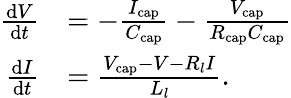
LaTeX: \begin{array}{rl}{\frac{\mathrm{d}V}{\mathrm{d}t}}&{=-\frac{I_{\mathrm{cap}}}{C_{\mathrm{cap}}}-\frac{V_{\mathrm{cap}}}{R_{\mathrm{cap}}C_{\mathrm{cap}}}}\\ {\frac{\mathrm{d}I}{\mathrm{d}t}}&{=\frac{V_{\mathrm{cap}}-V-R_{l}I}{L_{l}}.}\end{array}